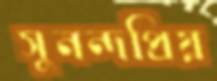
সুনন্দপ্রিয়